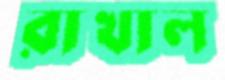
রাখাল